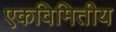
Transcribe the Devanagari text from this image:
एकविमितीय